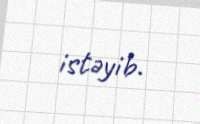
istəyib.